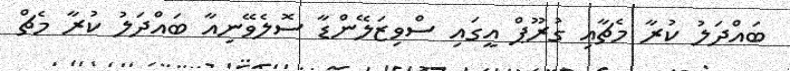
ބައްދަލު ކުރާ މެޗާއި ގުރޫޕް އީގައި ސްވިޒަލޭންޑާ ސޮލެވޭނިއާ ބައްދަލު ކުރާ މެޗް